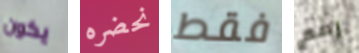
يكون نحضره فقط رقم